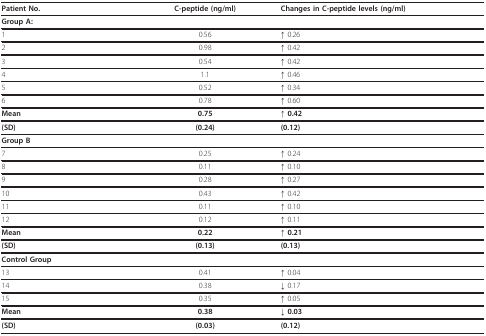
<table><thead><tr><td><b>Patient No.</b></td><td><b>C-peptide (ng/ml)</b></td><td><b>Changes in C-peptide levels (ng/ml)</b></td></tr></thead><tbody><tr><td><b>Group A:</b></td><td></td><td></td></tr><tr><td>1</td><td>0.56</td><td>↑ 0.26</td></tr><tr><td>2</td><td>0.98</td><td>↑ 0.42</td></tr><tr><td>3</td><td>0.54</td><td>↑ 0.42</td></tr><tr><td>4</td><td>1.1</td><td>↑ 0.46</td></tr><tr><td>5</td><td>0.52</td><td>↑ 0.34</td></tr><tr><td>6</td><td>0.78</td><td>↑ 0.60</td></tr><tr><td><b>Mean</b></td><td><b>0.75</b></td><td><b>↑ 0.42</b></td></tr><tr><td><b>(SD)</b></td><td><b>(0.24)</b></td><td><b>(0.12)</b></td></tr><tr><td><b>Group B</b></td><td></td><td></td></tr><tr><td>7</td><td>0.25</td><td>↑ 0.24</td></tr><tr><td>8</td><td>0.11</td><td>↑ 0.10</td></tr><tr><td>9</td><td>0.28</td><td>↑ 0.27</td></tr><tr><td>10</td><td>0.43</td><td>↑ 0.42</td></tr><tr><td>11</td><td>0.11</td><td>↑ 0.10</td></tr><tr><td>12</td><td>0.12</td><td>↑ 0.11</td></tr><tr><td><b>Mean</b></td><td><b>0.22</b></td><td><b>↑ 0.21</b></td></tr><tr><td><b>(SD)</b></td><td><b>(0.13)</b></td><td><b>(0.13)</b></td></tr><tr><td><b>Control Group</b></td><td></td><td></td></tr><tr><td>13</td><td>0.41</td><td>↑ 0.04</td></tr><tr><td>14</td><td>0.38</td><td>↓ 0.17</td></tr><tr><td>15</td><td>0.35</td><td>↑ 0.05</td></tr><tr><td><b>Mean</b></td><td><b>0.38</b></td><td><b>↓ 0.03</b></td></tr><tr><td><b>(SD)</b></td><td><b>(0.03)</b></td><td><b>(0.12)</b></td></tr></tbody></table>